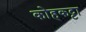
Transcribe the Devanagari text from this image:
कोहकट्टा